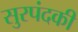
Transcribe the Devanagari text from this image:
सुरपंदकी